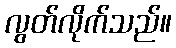
လွတ်လိုက်သည်။